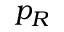
p _ { R }